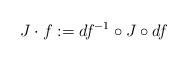
LaTeX: \begin{align*}J\cdot f:=df^{-1}\circ J\circ df\end{align*}